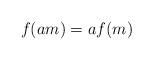
LaTeX: \begin{align*} f(am)=af(m)\end{align*}